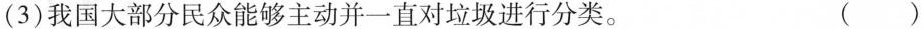
(3)我国大部分民众能够主动并一直对垃圾进行分类。 ()